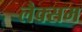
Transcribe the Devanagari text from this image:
लैक्सम